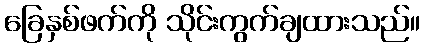
ခြေနှစ်ဖက်ကို သိုင်းကွက်ချထားသည်။